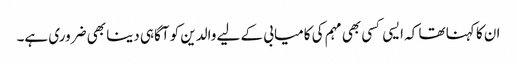
ان کا کہنا تھا کہ ایسی کسی بھی مہم کی کامیابی کے لیے والدین کو آگاہی دینا بھی ضروری ہے۔